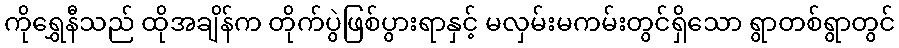
ကိုရွှေနီသည် ထိုအချိန်က တိုက်ပွဲဖြစ်ပွားရာနှင့် မလှမ်းမကမ်းတွင်ရှိသော ရွာတစ်ရွာတွင်